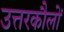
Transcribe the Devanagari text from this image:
उत्तरकौलों